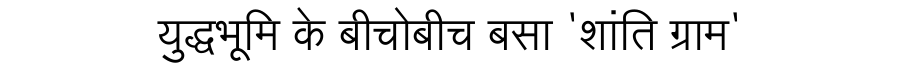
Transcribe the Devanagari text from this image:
युद्धभूमि के बीचोबीच बसा 'शांति ग्राम'